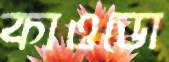
কাওডো